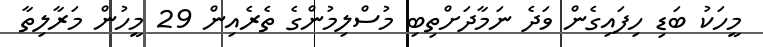
މީހަކު ބަޑި ހިފައިގެން ވަދެ ނަމާދަށްތިބި މުސްލިމުންގެ ތެރެއިން 29 މީހުން މަރާލިތާ